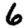
Digit: 6